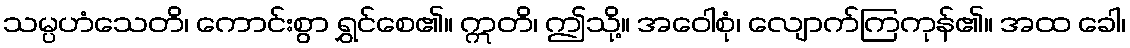
သမ္ပဟံသေတိ၊ ကောင်းစွာ ရွှင်စေ၏။ ဣတိ၊ ဤသို့။ အဝေါစုံ၊ လျောက်ကြကုန်၏။ အထ ခေါ၊